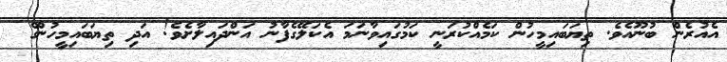
އެއުރެން ބުނޫއެވެ. ތިޔަބައިމީހުން ކަމެއްކުރަނީ ކަމުގައިވާނަމަ އެކަލޭގެފާނު އަންދައިލާށެވެ! އަދި ތިޔަބައިމީހުންގެ